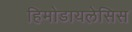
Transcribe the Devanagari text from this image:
हिमोडायलेसिस